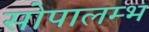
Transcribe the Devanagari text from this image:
सोपालम्भ